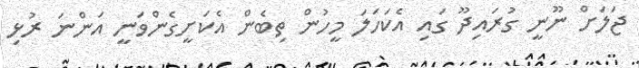
ޖަލަށް ނޫނީ ގުރައިދޫ ގައި އެކަހަލަ މީހުން ތިބެން އެކަށީގެންވަނީ އަންނަ ރުޅި